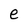
Character: e